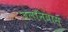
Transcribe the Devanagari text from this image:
जलनिवास